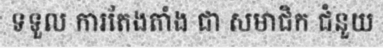
ទទួល ការតែងតាំង ជា សមាជិក ជំនួយ